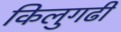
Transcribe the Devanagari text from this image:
किलुगढी